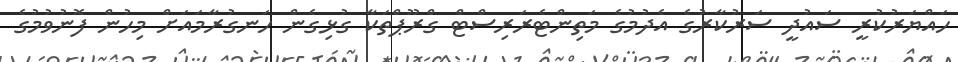
ހައްޔަރުކުރީ ސައުދީ ސަރުކާރުގެ އެދުމުގެ މަތިންޓެރަރިސްޓް ގްރޫޕްތަކާ ގުޅިގެން ހަނގުރާމައަށް މިހުން ފޮނުވުމުގެ